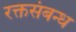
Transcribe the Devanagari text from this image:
रक्तसंबन्ध